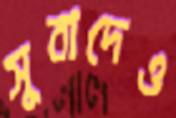
সুবাদেও